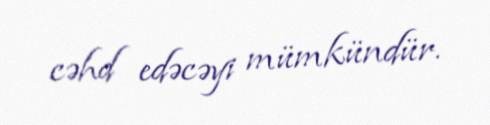
cəhd edəcəyi mümkündür.